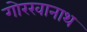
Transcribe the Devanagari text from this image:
गोरखानाथ